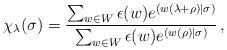
LaTeX: \begin{align*} \chi_\lambda(\sigma) = \frac{\sum_{w\in W} \epsilon(w) e^{(w(\lambda+\rho)|\sigma)}} {\sum_{w\in W} \epsilon(w) e^{(w(\rho)|\sigma)}} \,,\end{align*}